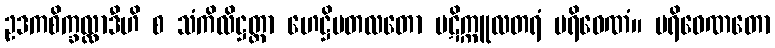
ဥဒကစိက္ခလ္လာဒီဟိ စ သံကိလိဋ္ဌတ္တာ ဟေဋ္ဌိမတလတော ပဋိက္ကူလတရံ ပရိဝေဏံ။ ပရိဝေဏတော